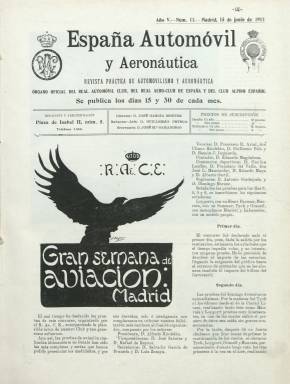
Título: España automóvil y aeronáutica
Colección: Automovilismo || Aviación
Ámbito geográfico: Madrid
Lugar de publicación: Madrid
Fechas: 15/06/1911-30/06/1928

Es continuación de la publicación quincenal España automóvil, que había comenzado a editarse en Madrid en 1907, y que a partir del 15 de junio de 1911 amplía su título, aunque los asuntos aeronáuticos formaban parte de sus contenidos desde su inicio. Sigue manteniendo el subtítulo “revista práctica de automovilismo y aeronáutica”, continuando como una publicación entre las pioneras especializadas en el mundo del motor, el automovilismo y la aeronáutica, tanto desde el punto de vista tecnológico, industrial y comercial, como desde el deportivo e, incluso, aventurero y turístico que adoptó desde las invenciones de estos modernos medios de transporte. También sigue siendo órgano oficial tanto del Real Automóvil Club de España (RACE), como del Real Aero-Club de España y del Club Alpino Español. Así mismo, sigue siendo su director José García Martínez, su redactor-jefe, Guillermo Ortega y su secretario, José María Samaniego.

Sus entregas tienen paginación variable, desde las ocho hasta el medio centenar de páginas, con cubiertas, para las que en ocasiones se usan diversos colores y en otras hasta la cuatricromía para estampar las ilustraciones que las ocupan en su integridad. Es impresa en papel cuché, compuesta a tres columnas, iniciando la secuencia de sus números y su foliación continuada cada año. Sus páginas albergan multitud de fotograbados tanto de automóviles como de aeroplanos y aeródromos (como el de Cuatro Vientos o el militar de Carabanchel) y de retratos de quienes participaban en los raids y otras competiciones automovilísticas y aeronáuticas, y de los diferentes salones que se celebraban tanto a nivel nacional como internacional, además de otros dibujos, croquis o mapas de itinerarios tanto terrestres como aéreos. También inserta numerosos anuncios publicitarios de marcas automovilísticas o de sus accesorios, entre otros, con sus correspondientes fotograbados.

Además de tener una sección oficial para dar cuenta de los asuntos internos de los clubes de los que era portavoz oficial, ofrece noticias, reportajes, crónicas y artículos, tanto de naturaleza técnica, industrial o comercial del mundo del motor, el automovilismo y la aeronáutica, como de sus diversas competiciones deportivas que se celebraban en España como en otros países: Raid París-Roma-Turín, Raid Valencia-Alicante-Valencia, Rallye internacional de Mónaco, la Vuelta a Inglaterra en Aeroplano o en el Circuito de La Sarthe, así como todo tipo de acontecimientos comerciales, como los salones del automóvil o de la aeronáutica o la Gran Semana de la Aviación de Madrid, presidida por el ingeniero Alfredo Kindelán. A ello añade también secciones de libros y revistas, de novedades, legislación, consultorio del automovilista o de patentes, entre otras, y ofrece información sobre excursionismo y otros deportes, como el montañismo, el alpinismo, la pesca o el tirón de pichón, dando cuenta fotográficamente también de estos acontecimientos, o sobre la Guía Michelín, manteniendo al principio el suplemento que denomina España deportiva.

Uno de los principales autores de sus textos será el comandante de Ingenieros, exdirector del Servicio de Automóviles de S.M. el Rey e ingeniero aerostero José M. Samaniego, que desde la secretaría de redacción asumirá después la dirección de la revista; y en su cuadro de redactores y colaboradores aparecen los nombres de José García Benítez, Miguel Martínez Sptién, F. de la Riva, Juan Pastol, E.A. Bosch, José López Macisidor, Pablo M. de Córdova, Gustave Ceurvorst, Antonio Iturralde, Alberto Oettli, José F. de Bona, Paul Sagon, Eduardo Rastelli, Eduardo de Autrán, Federico Páez Jaramillo, M. Morales, Ricardo Ruiz Ferry, Jules Védrines, José de Arancibia o José Fernández Zabala, entre otros. También son usados seudónimos para la firma de algunos de sus textos, como Nartúa, Tartarín, Aviátor, Karl, Juan de Volante o Michelín, siendo este autor de unos consejos.

La publicación adoptará también los subtítulos “revista quincenal ilustrada de locomoción” y “órgano quincenal del automovilismo español”, publicará índices alfabéticos anuales por materias, y establecerá una agencia en Barcelona. Con este título publica su última entrega en la segunda quincena de junio de 1928 (número 12 de su XXII año de edición). A partir de entonces se denominará Kinos (que significa movimiento en griego clásico), cuyo título también forma parte de la colección de la Biblioteca Nacional de España.